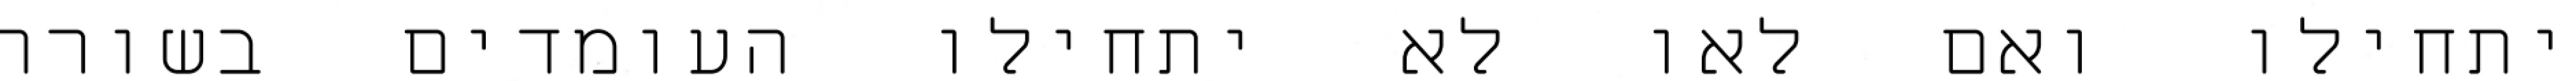
יתחילו ואם לאו לא יתחילו העומדים בשורה